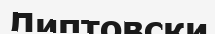
Липтовски